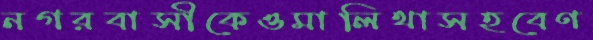
নগরবাসীকেওমালিথাসহবেণ